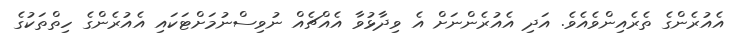
އެއުރެންގެ ތެރެއިންވެއެވެ. އަދި އެއުރެންނަށް އެ ވިދާޅުވާ އެއްޗެއް ނުވިސްނުމަށްޓަކައި އެއުރެންގެ ހިތްތަކުގެ